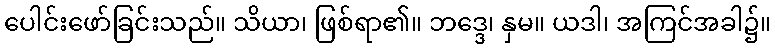
ပေါင်းဖော်ခြင်းသည်။ သိယာ၊ ဖြစ်ရာ၏။ ဘဒ္ဒေ၊ နှမ။ ယဒါ၊ အကြင်အခါ၌။